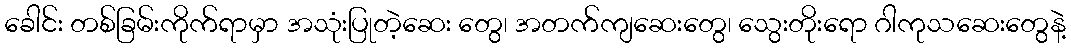
ခေါင်း တစ်ခြမ်းကိုက်ရာမှာ အသုံးပြုတဲ့ဆေး တွေ၊ အတက်ကျဆေးတွေ၊ သွေးတိုးရော ဂါကုသဆေးတွေနဲ့